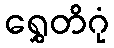
ရွှေတိဂုံ